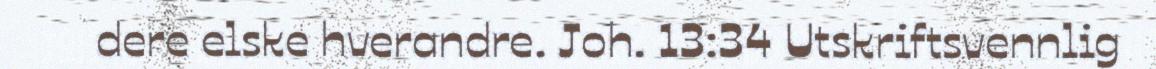
dere elske hverandre. Joh. 13:34 Utskriftsvennlig